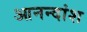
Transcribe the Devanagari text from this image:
आनन्दांश